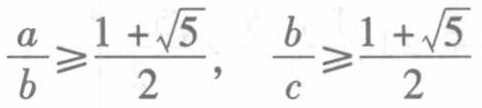
$\frac{a}{b} \geqslant \frac{1 + \sqrt{5}}{2},\ \frac{b}{c} \geqslant \frac{1 + \sqrt{5}}{2}$